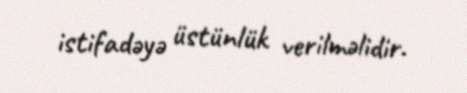
istifadəyə üstünlük verilməlidir.